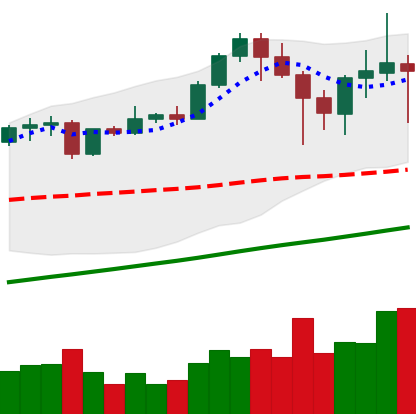
Ticker: ETH-USD
Chart end date: 2021-04-23
Forward return: 16.195%
Label: up_7plus